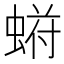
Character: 𬠙